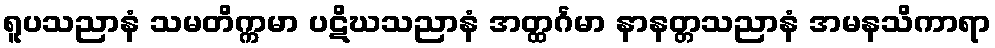
ရူပသညာနံ သမတိက္ကမာ ပဋိဃသညာနံ အတ္ထင်္ဂမာ နာနတ္တသညာနံ အမနသိကာရာ